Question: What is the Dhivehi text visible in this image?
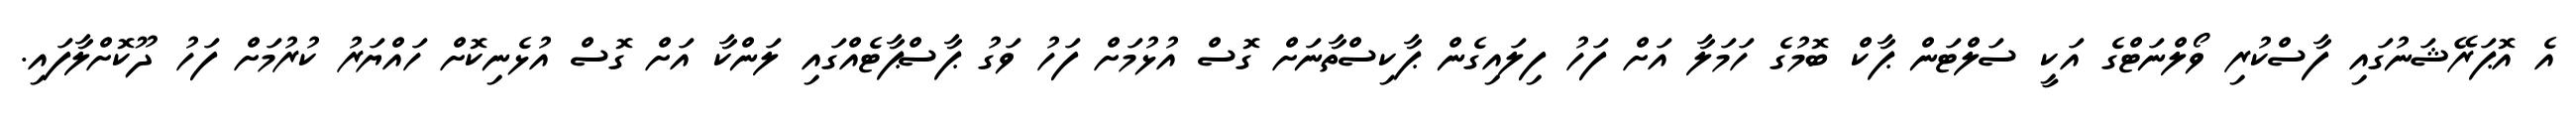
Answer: އެ އޮޕަރޭޝަނުގައި ފާސްކުރި ވޯލްނަޓްގެ އަކީ ސަލްޓަން ޕާކް ބޮމުގެ ހަމަލާ އަށް ފަހު ފިލައިގެން ޕާކިސްތާނަށް ގޮސް އުޅުމަށް ފަހު ވަގު ޕާސްޕާޓެއްގައި ލަންކާ އަށް ގޮސް އުޅެނިކޮށް ހައްޔަރު ކުރުމަށް ފަހު ދޫކޮށްލާފައި.